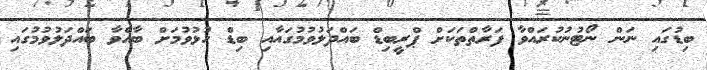
ބިޑުގައި ނަން ނޯޓުނުކުރައްވާ ފަރާތްތަކަށް ޕްރީބިޑް ބައްދަލުވުމުގައާއި ބިޑް ހުޅުވުމަށް ބާއްވާ ބައްދަލުވުމުގައި